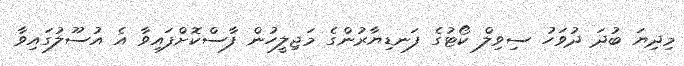
މިދިޔަ ބުދަ ދުވަހު ސިވިލް ކޯޓުގެ ފަނޑިޔާރުންގެ މަޖިލީހުން ފާސްކޮށްފައިވާ އެ އުސޫލުގައިވާ